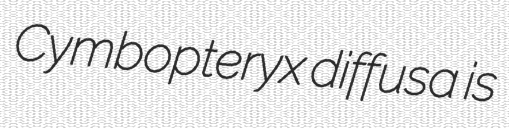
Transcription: Cymbopteryx diffusa is